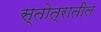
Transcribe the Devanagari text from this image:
स्तोत्रातील